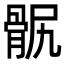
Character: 䯌